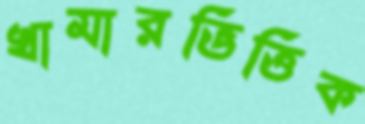
খামারভিত্তিক